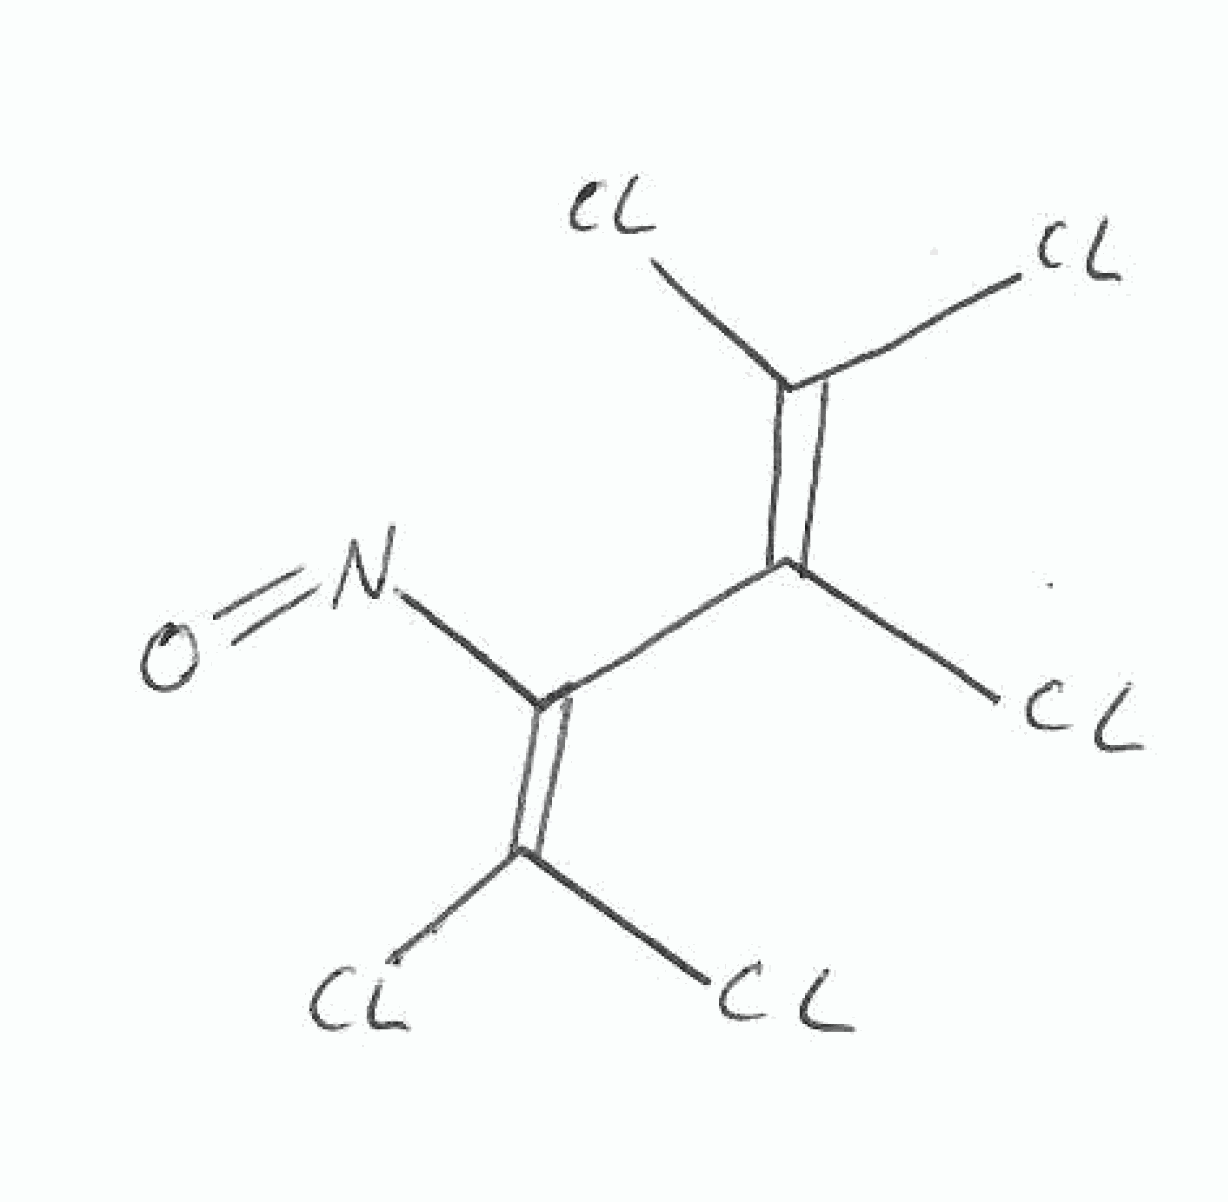
Simplified molecular-input line-entry system (SMILES) notation of the given molecule:
C(=C(Cl)Cl)(C(=C(Cl)Cl)Cl)N=O